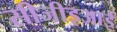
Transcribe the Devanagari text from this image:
सीजीइआई